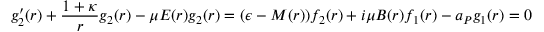
g _ { 2 } ^ { \prime } ( r ) + \frac { 1 + \kappa } { r } g _ { 2 } ( r ) - \mu E ( r ) g _ { 2 } ( r ) = ( \epsilon - M ( r ) ) f _ { 2 } ( r ) + i \mu B ( r ) f _ { 1 } ( r ) - a _ { P } g _ { 1 } ( r ) = 0